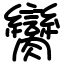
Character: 臠